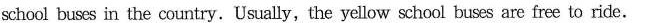
school buses in the country. Usually, the yellow school buses are free to ride.